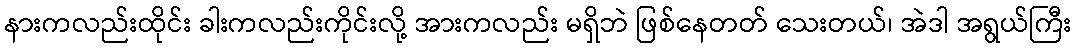
နားကလည်းထိုင်း ခါးကလည်းကိုင်းလို့ အားကလည်း မရှိဘဲ ဖြစ်နေတတ် သေးတယ်၊ အဲဒါ အရွယ်ကြီး